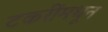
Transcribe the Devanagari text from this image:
टकरींमधून